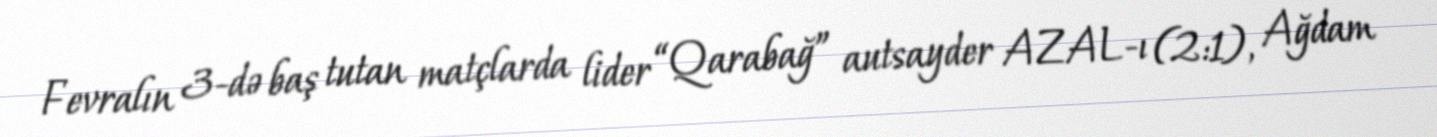
Fevralın 3-də baş tutan matçlarda lider “Qarabağ” autsayder AZAL-ı (2:1), Ağdam